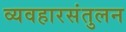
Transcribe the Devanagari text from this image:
व्यवहारसंतुलन